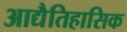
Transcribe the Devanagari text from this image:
आद्यैतिहासिक